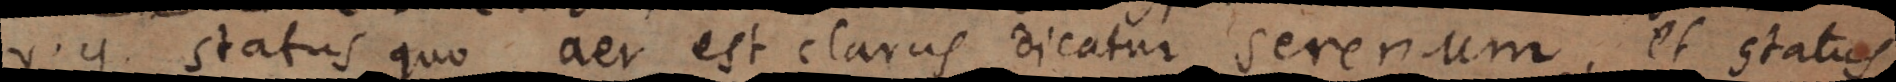
v.g. status quo aër est clarus dicatur serenum, et stat